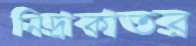
নিদ্রাকাতর